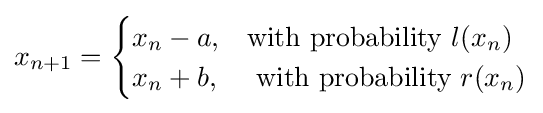
{\begin{aligned}x_{n+1}={\begin{cases}x_{n}-a,&{\text{with probability }}l(x_{n})\\x_{n}+b,&{\text{ with probability }}r(x_{n})\end{cases}}\end{aligned}}